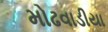
મોઢવાડીયા